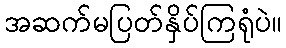
အဆက်မပြတ်နှိပ်ကြရုံပဲ။